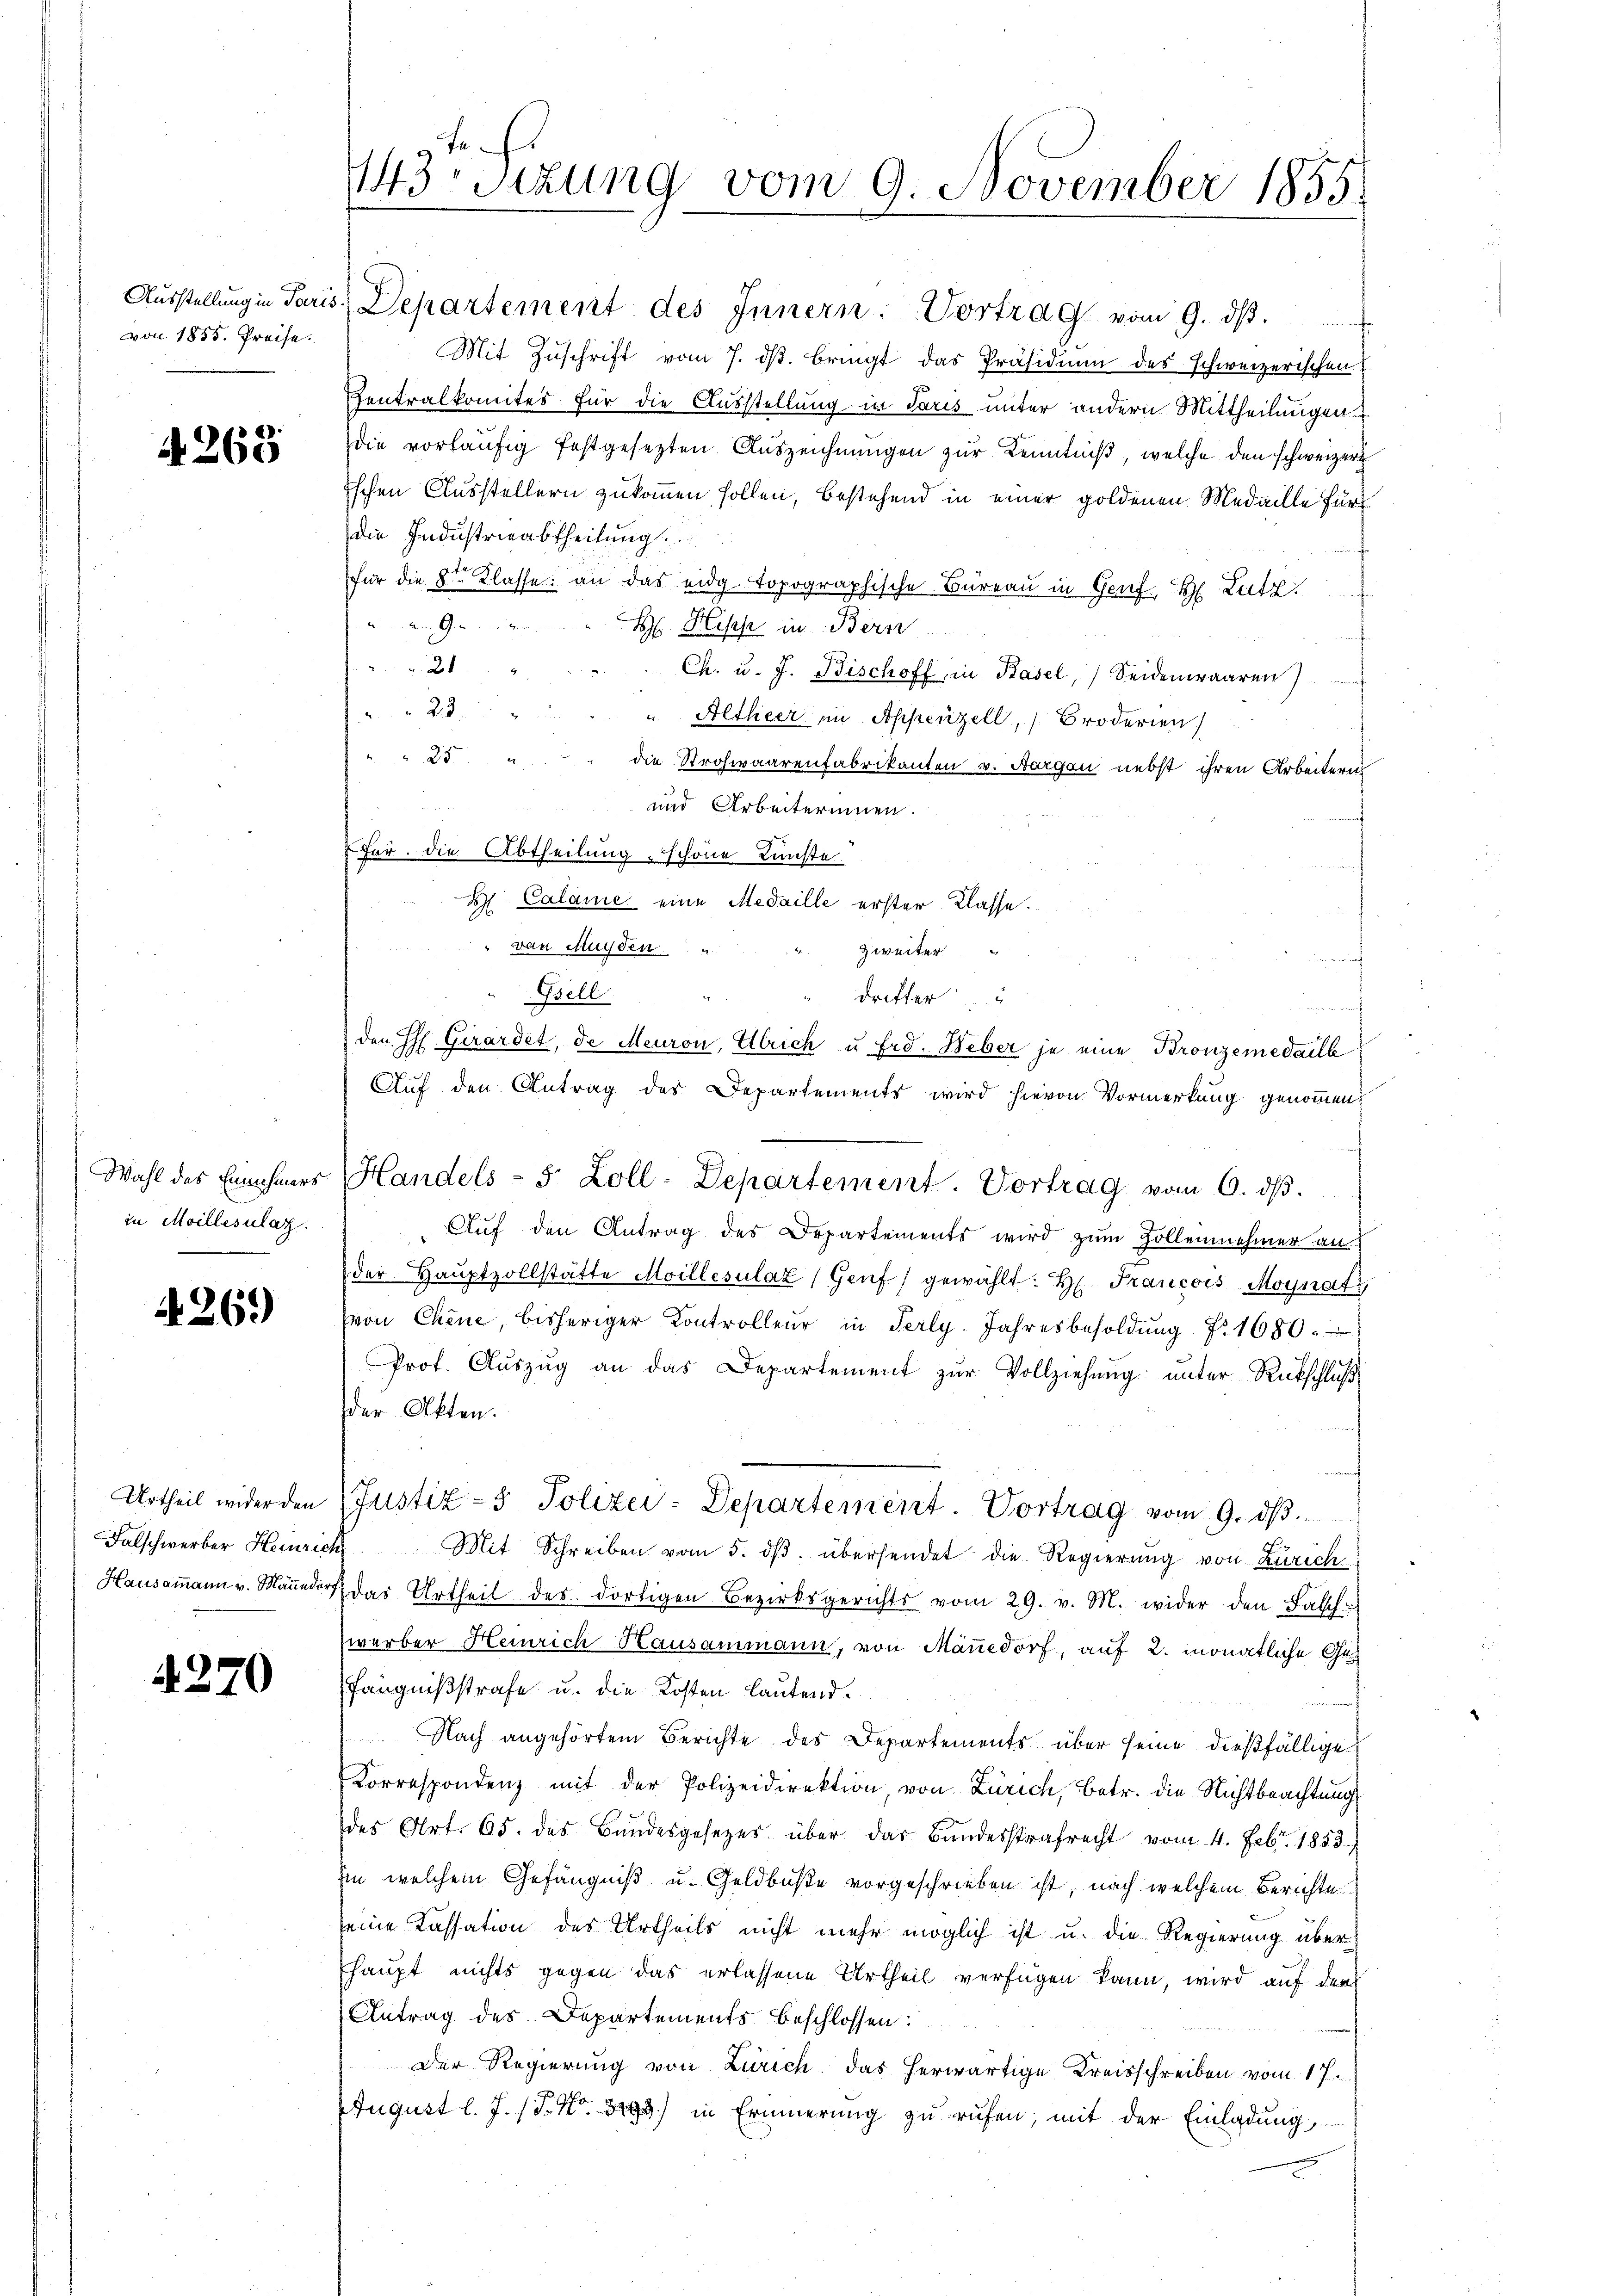
von 1855. Preise.

4268

in Moillesulat

426.)

4270

a
143 sizung vom 9. November 1855.

Aŭsstellung in Paris Departement des Innern: Vortrag vom 9. dβ.
Mit Zuschrift vom 7. dβ. bringt das Präsidium des schweizerischen
Zentralkomites für die Ausstellung in Paris unter andern Mittheilungen
die vorläufig festgesezten Auszeichnungen zur Kenntniß, welche den schweizer
ischen Ausstellern zukommen sollen, bestehend in einer goldenen Medaille für
die Industrieabtheilung
für die Sr. Klasse: an das eidg. topographische Bureau in Genf H Lutz

H Hisch in Bern
21
Ch. u. J. Bischoff, in Basel, Seidenwaaren)
23.
" Altheer in Appenzell, Broderien
25
die Strohwaarenfabrikanten v. Aargau nebst ihren Arbeitern
A 284 28
und Arbeiterinnen.
Für. Die Abtheilung schöne Kunste
 Calame eine Medaille erster Klasse.
 von Münden
Zweiter
Gsell
 dritter
 wen
den H: Girardit, de Meuron, Ulrich u Frd. Heber je eine Bronzemedaill
Auf den Antrag des Departements wird hievon Vormerkung genommen,
Wahl des Ennehmers Handels - 5 Zoll-Departement. Vortrag vom 6. dβ.
Aŭf den Antrag des Departements wird zŭm Zollennehmer an:
der Hauptvollstätte Moillesulat (Genf gewählt: Hr. Francois Moynafi
von Chine, bisheriger Controlleur in Perly. Jahresbesoldŭng Nr. 1680.
Prof. Aŭszŭg an das Departement zŭr Vollziehung unter Rückschluß
der Akten.
Urtheil wider den Justiz- & Polizei-Departement. Vortrag vom 9. dβ.
Falschwerber Heinrich Mit Schreiben vom 5. dβ. übersendet die Regierung von Zürich
Haŭsamann v. Mänedorf das Urtheil des dortigen Bezirksgerichts vom 29. v. M. wider den Balche
zwerber Heinrich Hausammann, von Mänedorf, auf 2. monatliche Gefängnißstrafe u. die Kosten lautend.
Nach angehörtem Berichte des Departements über seine dießfällige
Korrespondenz mit der Polizeidirektion, von Zürich, Betr. die Nichtbeachtung
des Art. 65. des Bandesgesetzes über das Bundesstrafrecht vom 4. Febr. 1883/
iin welchem Gefängniß u. Geldbuße vorgeschrieben ist, nach welchem Berichte
seine Kassation des Urtheils nicht mehr möglich ist u. die Regierung über
haupt nichts gegen das erlassene Urtheil verfügen kann, wird auf den
Antrag des Departements beschlossen:
Der Regierung von Zürich das herwärtige Kreisschreiben vom 17.
August l. J. J. Nr. 3793) in Erinnerung zu rufen, mit der Einladung,